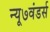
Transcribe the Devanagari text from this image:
न्यू७वंडर्स